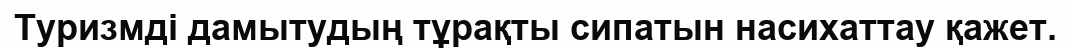
Туризмді дамытудың тұрақты сипатын насихаттау қажет.